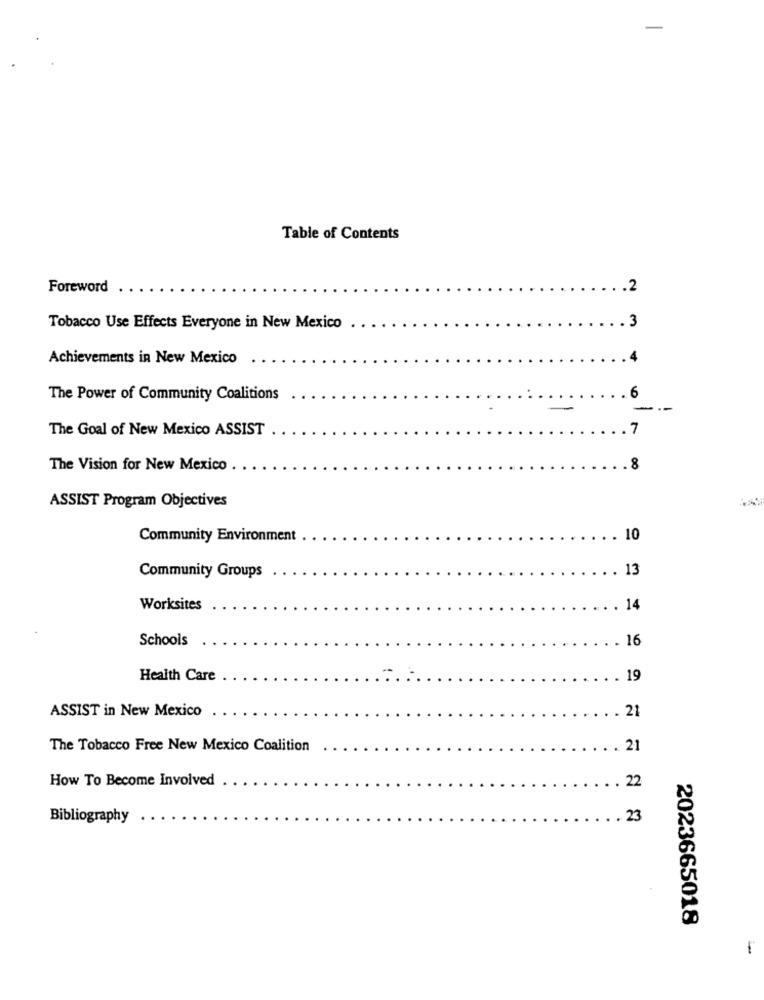
Table of Contents
Foreword
.2
3
Tobacco Use Effects Everyone in New Mexico
Achievements in New Mexico
The Power of Community Coalitions
6
The Goal of New Mexico ASSIST
.7
The Vision for New Mexico
8
ASSIST Program Objectives
Community Environment
. 10
13
Community Groups
Worksites
. 14
Schools
16
Health Care
19
ASSIST in New Mexico
21
The Tobacco Free New Mexico Coalition
21
How To Become Involved
22
Bibliography
23
2023665018
-